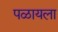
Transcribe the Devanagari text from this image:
पळायला